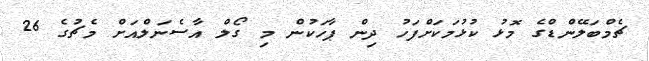
ޗެމްބަލޭންޑްގެ މޮޅު ކުޅުމަކަށްފަހު ދިން ޕާހަކުން މި ގޯލް އާސެނަލްއަށް މެޗުގެ 26